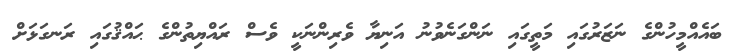
ބައެއްމީހުންގެ ނަޒަރުގައި މަތީގައި ނަންގަނެވުނު އަނިޔާ ވެރިންނަކީ ވެސް ރައްޔިތުންގެ ޙައްޤުގައި ރަނގަޅަށް